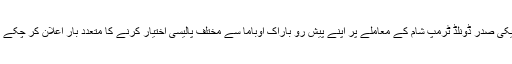
امریکی صدر ڈونلڈ ٹرمپ شام کے معاملے پر اپنے پیش رو باراک اوباما سے مختلف پالیسی اختیار کرنے کا متعدد بار اعلان کر چکے ہیں۔